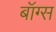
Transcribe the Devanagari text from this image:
बॉग्स